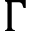
\Gamma